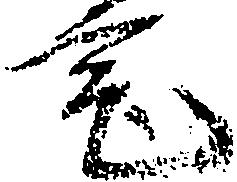
宅